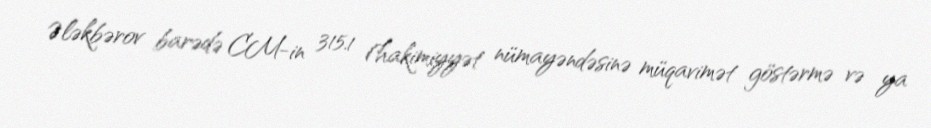
Ələkbərov barədə CM-in 315.1 (hakimiyyət nümayəndəsinə müqavimət göstərmə və ya